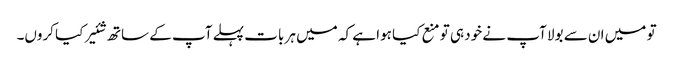
تو میں ان سے بولا آپ نے خود ہی تو منع کیا ہوا ہے کہ میں ہر بات پہلے آپ کے ساتھ شئیر کیا کروں۔